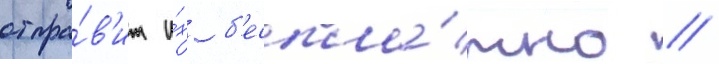
отпра́в'ит и́х б'еспла́тно //